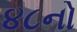
૪૮નો